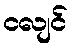
ငလျင်